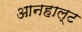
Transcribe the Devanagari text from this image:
आनहाल्ट